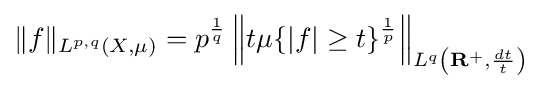
\|f\|_{L^{p,q}(X,\mu )}=p^{\frac {1}{q}}\left\|t\mu \{|f|\geq t\}^{\frac {1}{p}}\right\|_{L^{q}\left(\mathbf {R} ^{+},{\frac {dt}{t}}\right)}